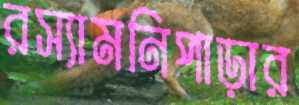
রস্যামনিপাড়ার